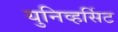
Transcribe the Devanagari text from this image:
युनिव्हर्सिट